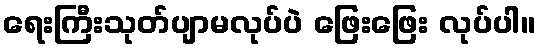
ရေးကြီးသုတ်ပျာမလုပ်ပဲ ဖြေးဖြေး လုပ်ပါ။